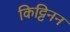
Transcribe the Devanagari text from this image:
किट्टिनन